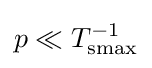
p\ll T_{\mathrm {smax} }^{-1}